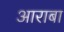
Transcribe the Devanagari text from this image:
आराबा